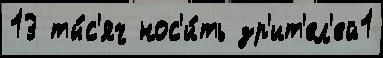
13 ты́с'яч нос'и́ть зр'ит'ел'ей1